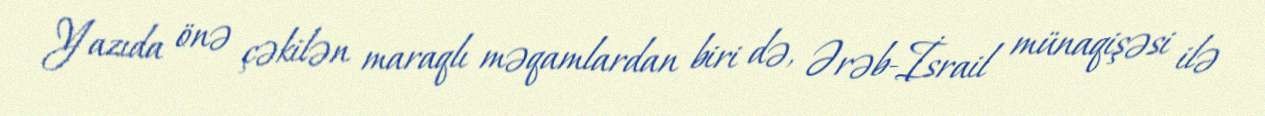
Yazıda önə çəkilən maraqlı məqamlardan biri də, Ərəb-İsrail münaqişəsi ilə